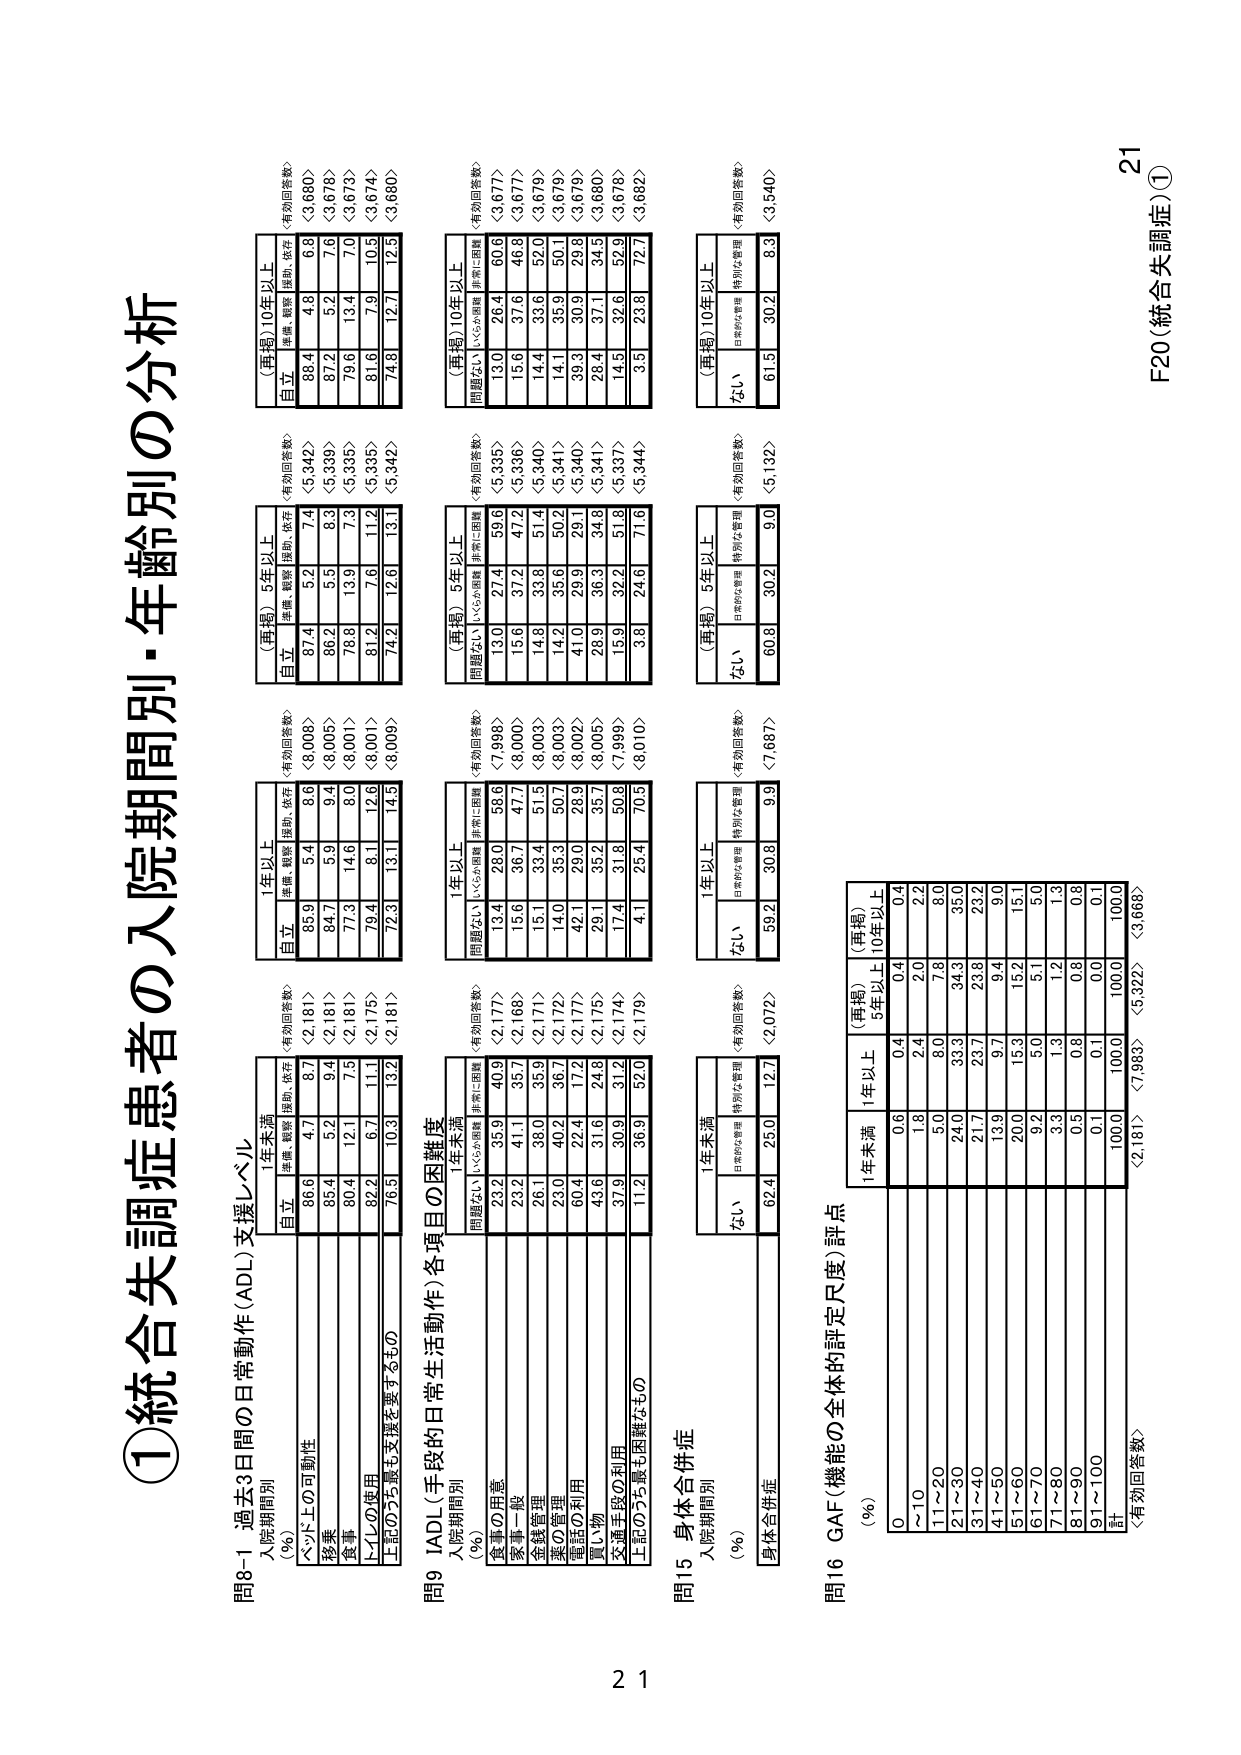
①統合失調症患者の入院期間別・年齢別の分析

問8-1 過去3日間の日常動作(ADL)支援レベル
入院期間別
(％)
1年未満
(再掲) 5年以上
(再掲) 10年以上
自立
準備、観察、援助、依存
自立
準備、観察、援助、依存
自立
準備、観察、援助、依存
＜有効回答数＞
＜有効回答数＞
＜有効回答数＞
86.6
4.7
8.7
＜2,181＞
85.9
5.4
8.6
＜8,008＞
88.4
4.8
6.8
＜3,660＞
85.4
5.2
9.4
＜2,181＞
84.7
5.9
9.4
＜8,005＞
87.2
5.2
7.6
＜3,678＞
80.4
12.1
7.5
＜2,181＞
77.3
14.6
8.0
＜8,001＞
79.6
13.4
7.0
＜3,673＞
89.2
6.7
11.1
＜2,175＞
79.4
8.1
12.6
＜8,001＞
81.6
7.9
10.5
＜3,674＞
76.5
10.3
13.2
＜2,181＞
72.3
13.1
14.5
＜8,009＞
74.8
12.7
12.5
＜3,680＞
上記のうち最も支援を要するもの

問9 IADL(手段的日常生活動作)各項目の困難度
入院期間別
(％)
1年未満
(再掲) 5年以上
(再掲) 10年以上
問題なし
いくらか困難
非常に困難
問題なし
いくらか困難
非常に困難
問題なし
いくらか困難
非常に困難
＜有効回答数＞
＜有効回答数＞
＜有効回答数＞
25.2
35.9
40.9
＜2,177＞
13.4
28.0
58.6
＜7,998＞
13.0
27.4
59.6
＜5,335＞
13.0
26.4
60.6
＜3,677＞
23.2
41.1
35.7
＜2,168＞
15.6
36.7
47.7
＜8,000＞
15.6
37.2
47.2
＜5,336＞
15.6
37.6
46.8
＜3,677＞
26.1
38.0
35.9
＜2,171＞
15.1
33.4
51.5
＜8,003＞
14.8
33.8
51.4
＜5,340＞
14.4
33.6
52.0
＜3,679＞
23.0
40.2
36.7
＜2,172＞
14.0
35.3
50.7
＜8,003＞
14.2
35.6
50.2
＜5,341＞
14.1
35.9
50.1
＜3,679＞
60.4
22.4
17.2
＜2,177＞
42.1
29.0
28.9
＜8,002＞
41.0
29.9
29.1
＜5,340＞
39.3
30.9
29.8
＜3,679＞
43.6
31.6
24.8
＜2,175＞
29.1
35.2
35.7
＜8,005＞
28.9
36.3
34.8
＜5,341＞
28.4
37.1
34.5
＜3,680＞
37.9
30.9
31.2
＜2,174＞
17.4
31.8
50.8
＜7,999＞
15.9
32.2
51.8
＜5,337＞
14.5
32.6
52.9
＜3,678＞
11.2
36.9
52.0
＜2,179＞
4.1
29.4
70.5
＜8,010＞
3.8
24.6
71.6
＜5,344＞
3.5
23.8
72.7
＜3,682＞
上記のうち最も困難なもの

問15 身体合併症
入院期間別
(％)
1年未満
(再掲) 5年以上
(再掲) 10年以上
ない
日常的な管理
特別な管理
ない
日常的な管理
特別な管理
ない
日常的な管理
特別な管理
＜有効回答数＞
＜有効回答数＞
＜有効回答数＞
62.4
25.0
12.7
＜2,072＞
59.2
30.8
9.9
＜7,687＞
60.8
30.2
9.0
＜5,132＞
61.5
30.2
8.3
＜3,540＞
身体合併症

問16 GAF(機能の全体的評定尺度)評点
(％)
1年未満
(再掲) 5年以上
(再掲) 10年以上
0
0.6
0.4
0.4
～10
1.8
2.4
2.0
11～20
5.0
8.0
7.8
21～30
24.0
35.3
34.3
31～40
21.7
23.7
23.8
41～50
13.9
9.7
9.4
51～60
20.0
15.3
15.2
61～70
9.2
8.0
8.1
71～80
3.3
1.3
1.2
81～90
0.5
0.8
0.8
91～100
0.1
0.1
0.0
計
100.0
100.0
100.0
＜2,181＞
＜7,983＞
＜5,322＞
＜3,668＞
＜有効回答数＞

21
F20（統合失調症）①